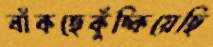
বাঁকছেকুঁচ্‌কিয়েছি